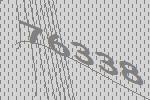
76338